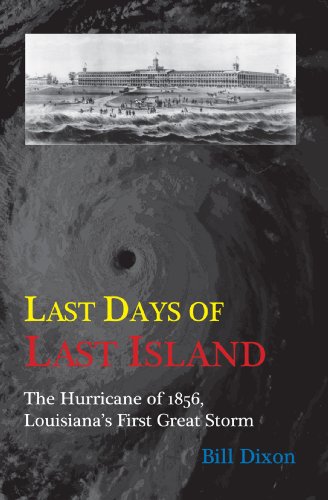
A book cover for Last Days of Last Island: The Hurricane of 1856, Louisiana's First Great Storm; Bill Dixon; Science & Math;